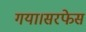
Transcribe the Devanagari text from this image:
गया।सरफेस